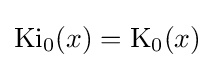
\operatorname {Ki} _{0}(x)=\operatorname {K} _{0}(x)